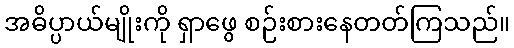
အဓိပ္ပာယ်မျိုးကို ရှာဖွေ စဉ်းစားနေတတ်ကြသည်။